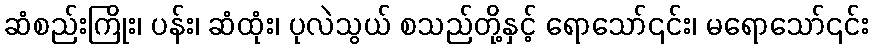
ဆံစည်းကြိုး၊ ပန်း၊ ဆံထုံး၊ ပုလဲသွယ် စသည်တို့နှင့် ရောသော်၎င်း၊ မရောသော်၎င်း